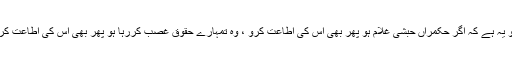
آپ صلی اللہ علیہ وسلم کی تاکید تو یہ ہے کہ اگر حکمراں حبشی غلام ہو پھر بھی اس کی اطاعت کرو ، وہ تمہارے حقوق غصب کررہا ہو پھر بھی اس کی اطاعت کرو اور اپنے حقوق اللہ سے مانگو ۔